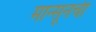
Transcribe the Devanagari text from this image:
मान्सूनची